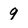
Character: 9